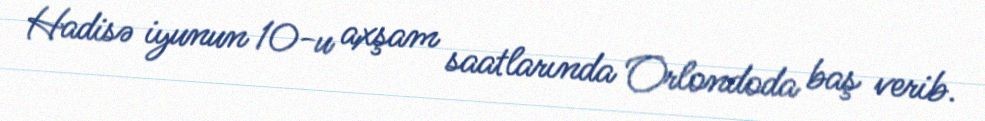
Hadisə iyunun 10-u axşam saatlarında Orlondoda baş verib.